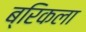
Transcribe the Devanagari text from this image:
ब्रिकला